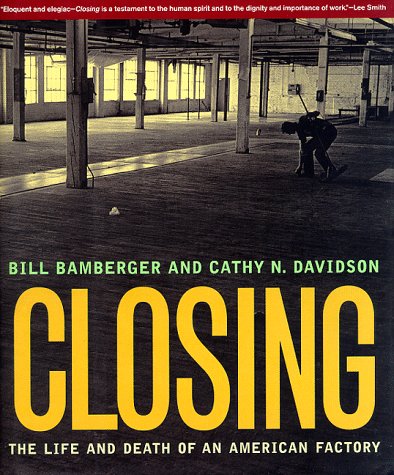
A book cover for Closing: The Life and Death of an American Factory (The Lyndhurst Series on the South); Cathy N. Davidson; Business & Money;